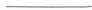
___